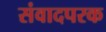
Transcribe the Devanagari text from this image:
संवादपरक